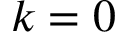
k = 0